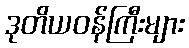
ဒုတိယဝန်ကြီးများ